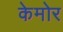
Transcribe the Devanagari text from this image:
केमोर